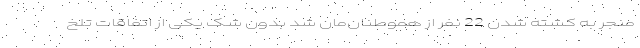
منجر به کشته شدن 22 نفر از هموطنان‌مان شد بدون شک یکی از اتفاقات تلخ